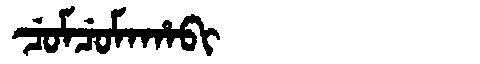
Manchu: ᠴᡠᠮᠴᡠᠮᠠᡥᠠᠪᡳ
Romanization: CUMCUMAHABI